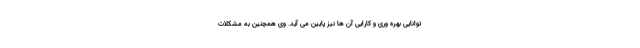
توانایی بهره وری و کارایی آن ها نیز پایین می آید. وی همچنین به مشکلات